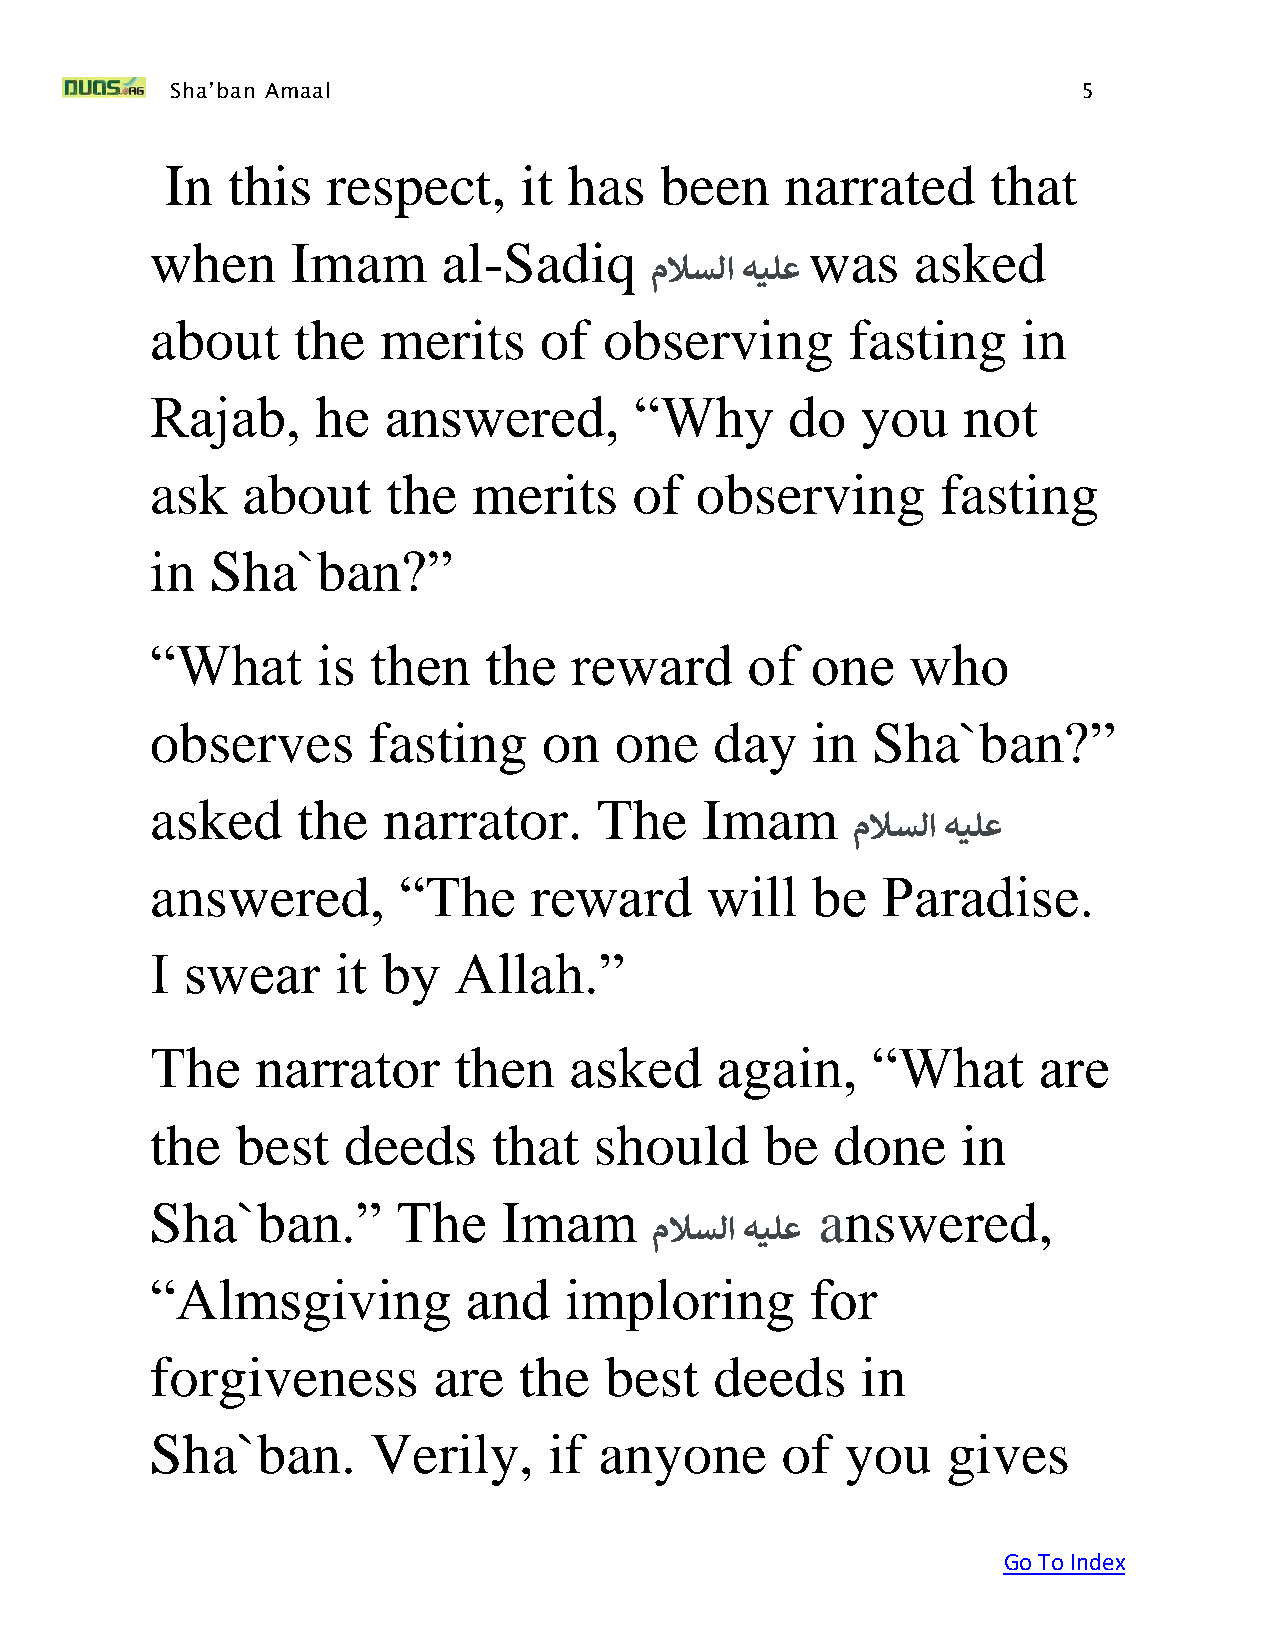
Sha’ban Amaal                                                5
 In  this   respect,    it  has   been    narrated      that
 when     Imam      al-Sadiq                 was    asked
 ملاسلا هيلع
 about    the   merits     of  observing       fasting     in
 Rajab,     he  answered,        “Why      do   you    not
 ask   about     the  merits     of  observing       fasting
 in  Sha`ban?”
 “What      is  then   the   reward     of   one   who
 observes      fasting     on   one   day    in  Sha`ban?”
 asked     the  narrator.      The    Imam
 ملاسلا هيلع
 answered,       “The     reward      will   be  Paradise.
 I swear     it by   Allah.”
 The    narrator     then    asked    again,     “What      are
 the   best   deeds     that  should      be  done     in
 Sha`ban.”       The    Imam                 answered,
 ملاسلا هيلع
 “Almsgiving          and   imploring        for
 forgiveness        are  the   best   deeds     in
 Sha`ban.       Verily,    if  anyone      of  you    gives
 Go To Index